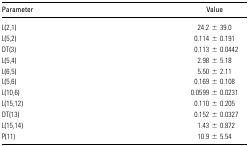
| Parameter | Value |
 | --- | --- |
 | L(2,1) | 24.2 ± 39.0 |
 | L(5,2) | 0.114 ± 0.191 |
 | DT(3) | 0.113 ± 0.0442 |
 | L(5,4) | 2.98 ± 5.18 |
 | L(6,5) | 5.50 ± 2.11 |
 | L(5,6) | 0.169 ± 0.108 |
 | L(10,6) | 0.0599 ± 0.0231 |
 | L(15,12) | 0.110 ± 0.205 |
 | DT(13) | 0.152 ± 0.0327 |
 | L(15,14) | 1.43 ± 0.872 |
 | P(11) | 10.9 ± 5.54 |